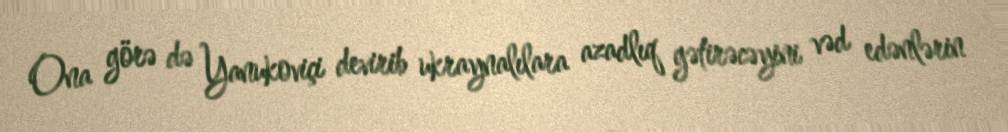
Ona görə də Yanukoviçi devirib ukraynalılara azadlıq gətirəcəyini vəd edənlərin